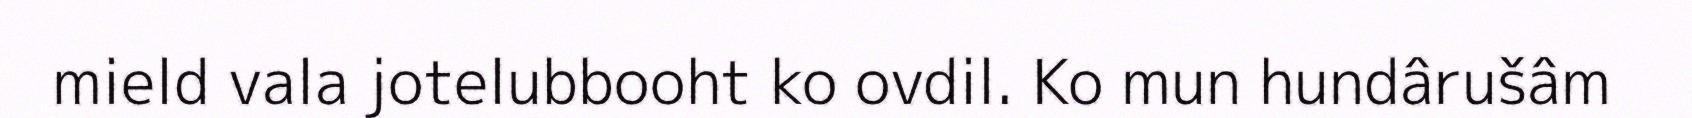
mield vala jotelubbooht ko ovdil. Ko mun hundârušâm